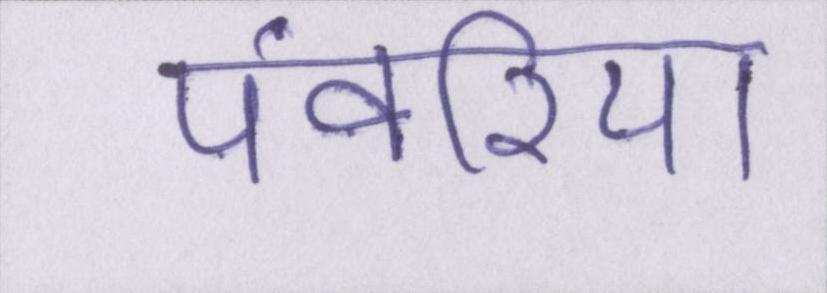
पंवरिया